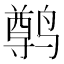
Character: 𫜄